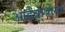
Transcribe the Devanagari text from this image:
आईबापांना